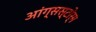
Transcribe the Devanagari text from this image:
आंग्सस्टोर्म